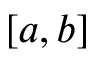
[ a , b ]